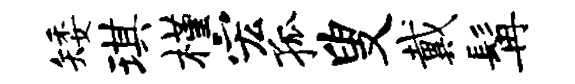
矮琪槿宏孤叟戴髯